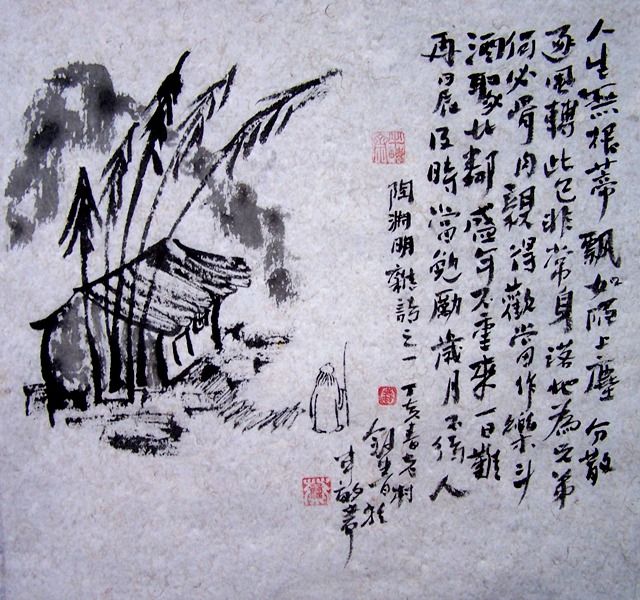
人生无根蒂，飘如陌上尘。